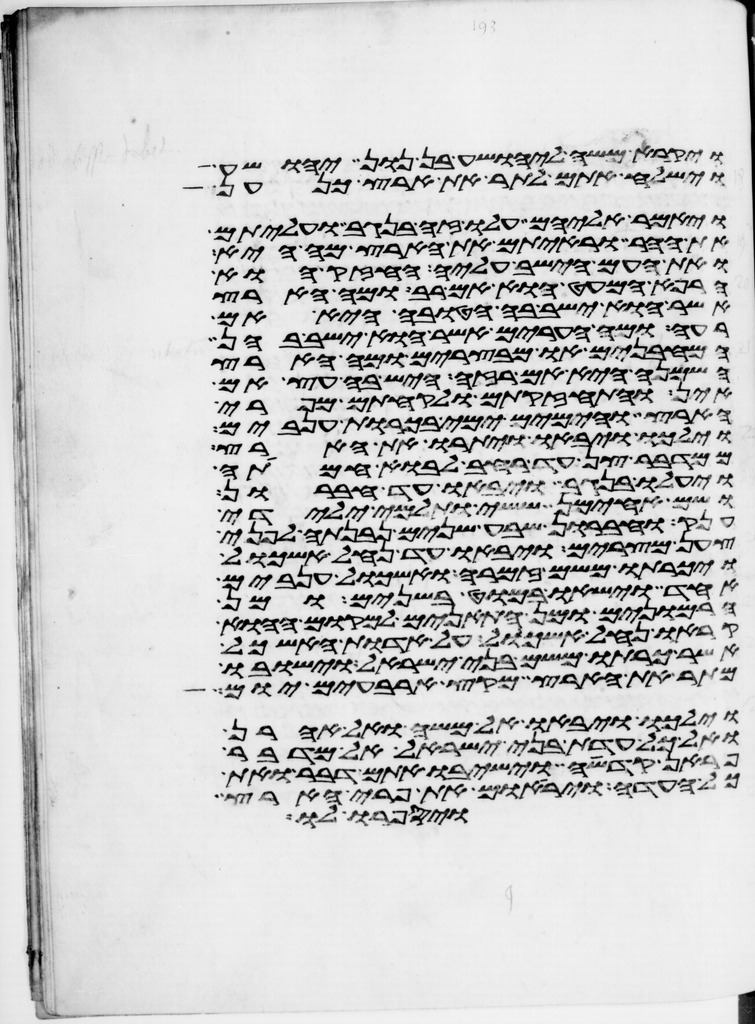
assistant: ויקרא משה ליהושע בן נון יהושע
וישלח אתם לתור את ארץ כנען
ויאמר אליהם עלו זה בנגב ועליתם
את ההר וראיתם את הארץ מה היא
ואת העם הישב עליה החזק או
הרפא המעט הוא אם רב ומה הארץ
אשר הוא ישב בה הטובה היא אם
רעה ומה הערים אשר הוא ישב בהן
המבחנים או מבצרים ומה הארץ
השמנה היא אם רזה היש בה עץ אם
אין והתחזקתם ולקחתם מפרי
הארץ והימים ימי בכורת ענבים
וילכו ויבאו ויתורו את הארץ
ממדבר צן עד רחב לבוא חמתה
ויעלו בנגב ויבאו עד חברון
ושם אחימן ששי ותלמי ילידי
ענק וחברון שבע שנים נבנתה לפני
צען מצרים ויבאו עד נחל אשכול
ויכרתו משם זמרה ואשכול ענבים
אחד וישאו במוט בשנים ומן
הרמונים ומן התאנים למקום ההוא
קראו נחל אשכול על אדות האשכול
אשר כרתו משם בני ישראל וישבו
מתור את הארץ מקץ ארבעים יום
וילכו ויבאו אל משה ואל אהרן
ואל כל עדת בני ישראל אל מדבר
פראן קדשה וישיבו אתם דבר ואת
כל העדה ויראום את פרי הארץ
ויספרו לו